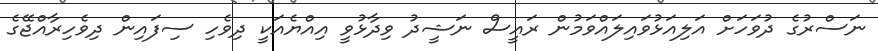
ނަސްރުގެ ދުވަހަށް އަލިއަޅުވައިލައްވަމުން ރައީސް ނަޝީދު ވިދާޅުވީ އިއްޔެއަކީ ދިވެހި ސިފައިން ދިވެހިރާއްޖޭގެ